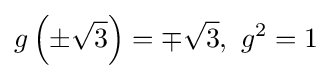
g\left(\pm {\sqrt {3}}\right)=\mp {\sqrt {3}},\ g^{2}=1